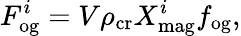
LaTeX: F_{\mathrm{og}}^{i}=V\rho_{\mathrm{cr}}X_{\mathrm{mag}}^{i}f_{\mathrm{og}},